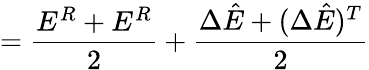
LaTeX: =\frac{E^{R}+E^{R}}{2}+\frac{\Delta\hat{E}+(\Delta\hat{E})^{T}}{2}